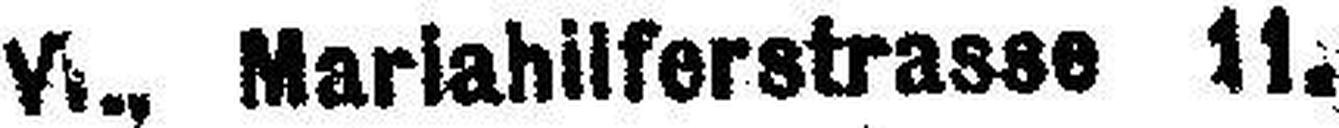
V###., Mariahilferstrasse 11.